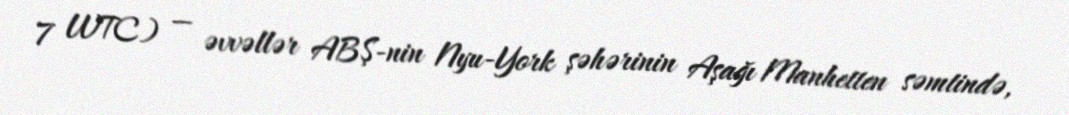
7 WTC) — əvvəllər ABŞ-nin Nyu-York şəhərinin Aşağı Manhetten səmtində,